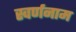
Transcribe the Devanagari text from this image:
स्वर्णनाम